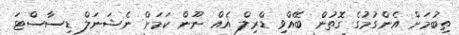
ތިބުމަށް އެންގުމުގެ ގޮތުން ބޭއްވި ޑްރިލް އެއް ނޫން ކަމަށް ނެޝަނަލް ޑިސާސްޓަ